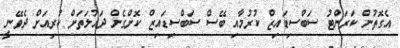
އެގޮތުން ކަރަންޓު ސަބްސިޑައިޒް ކުރުމާއި ބޭސް ސަބްސިޑައިޒް ކޮށްގެން ދައުލަތަށް ކުރިއަށް ދެވޭނީ